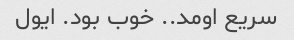
سریع اومد.. خوب بود. ایول